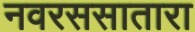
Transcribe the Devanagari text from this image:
नवरससातारा